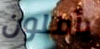
يأملون